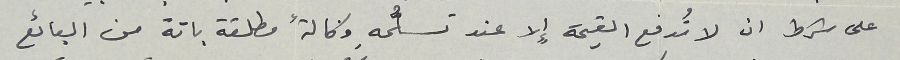
على شرط ان لا تُدفع القيمة إِلا عند تسلُّمهِ وكالةً مطلقة باتة من البائع